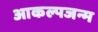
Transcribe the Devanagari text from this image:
आकल्पजन्म